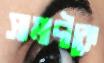
সামাদীকে